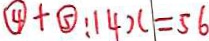
\textcircled { 4 } + \textcircled { 5 } : 1 4 x = 5 6